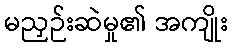
မညှဉ်းဆဲမှု၏ အကျိုး